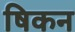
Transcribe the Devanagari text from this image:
षिकन